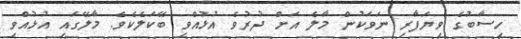
ހިސާބުގެ ވިޔަފާރި ނަވަކުން މާލެ އަށް ދުރުވެ އުޅުއްވި ބޭކަލެކެވެ. މާލޭގައި އުޅުއްވި